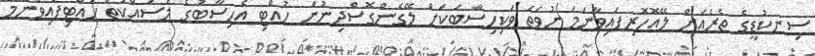
ސިނކުޑީގެ ތެރެއަށް ލޭއޮހޮރިފައިވާނަމަ ނުވަތަ ވަކިހިސާބަކަށް ލޭގެންގޮސްދިނުން ހުއްޓި އެހިސާބުގެ މަސައްކަތް ހުއްޓިފައިވާނަމަ